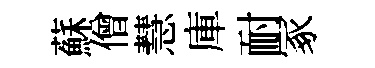
蘇僧慧庫耐冢